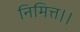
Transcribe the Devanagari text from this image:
निमित्त।।